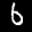
Label: 6